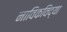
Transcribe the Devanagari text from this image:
नाविकविद्या